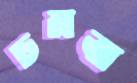
চমবা